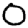
Digit: 0